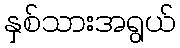
နှစ်သားအရွယ်